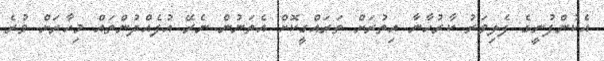
އެކުންފުނީގެ ފެލިވަރު ކާރުހާނާ އިތުރަށް ތަރައްގީކޮށް އެތަނުން ނެރޭ އުފެއްދުންތައް މިހާރަށް ވުރެ